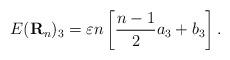
LaTeX: \begin{align*}E(\mathbf{R}_n)_3=\varepsilon n\left[\frac{n-1}{2}a_3+b_3\right].\end{align*}